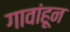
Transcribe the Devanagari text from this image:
गावांहून